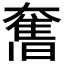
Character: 𭑣